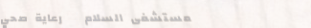
مستشفى السلام   رعاية صحي